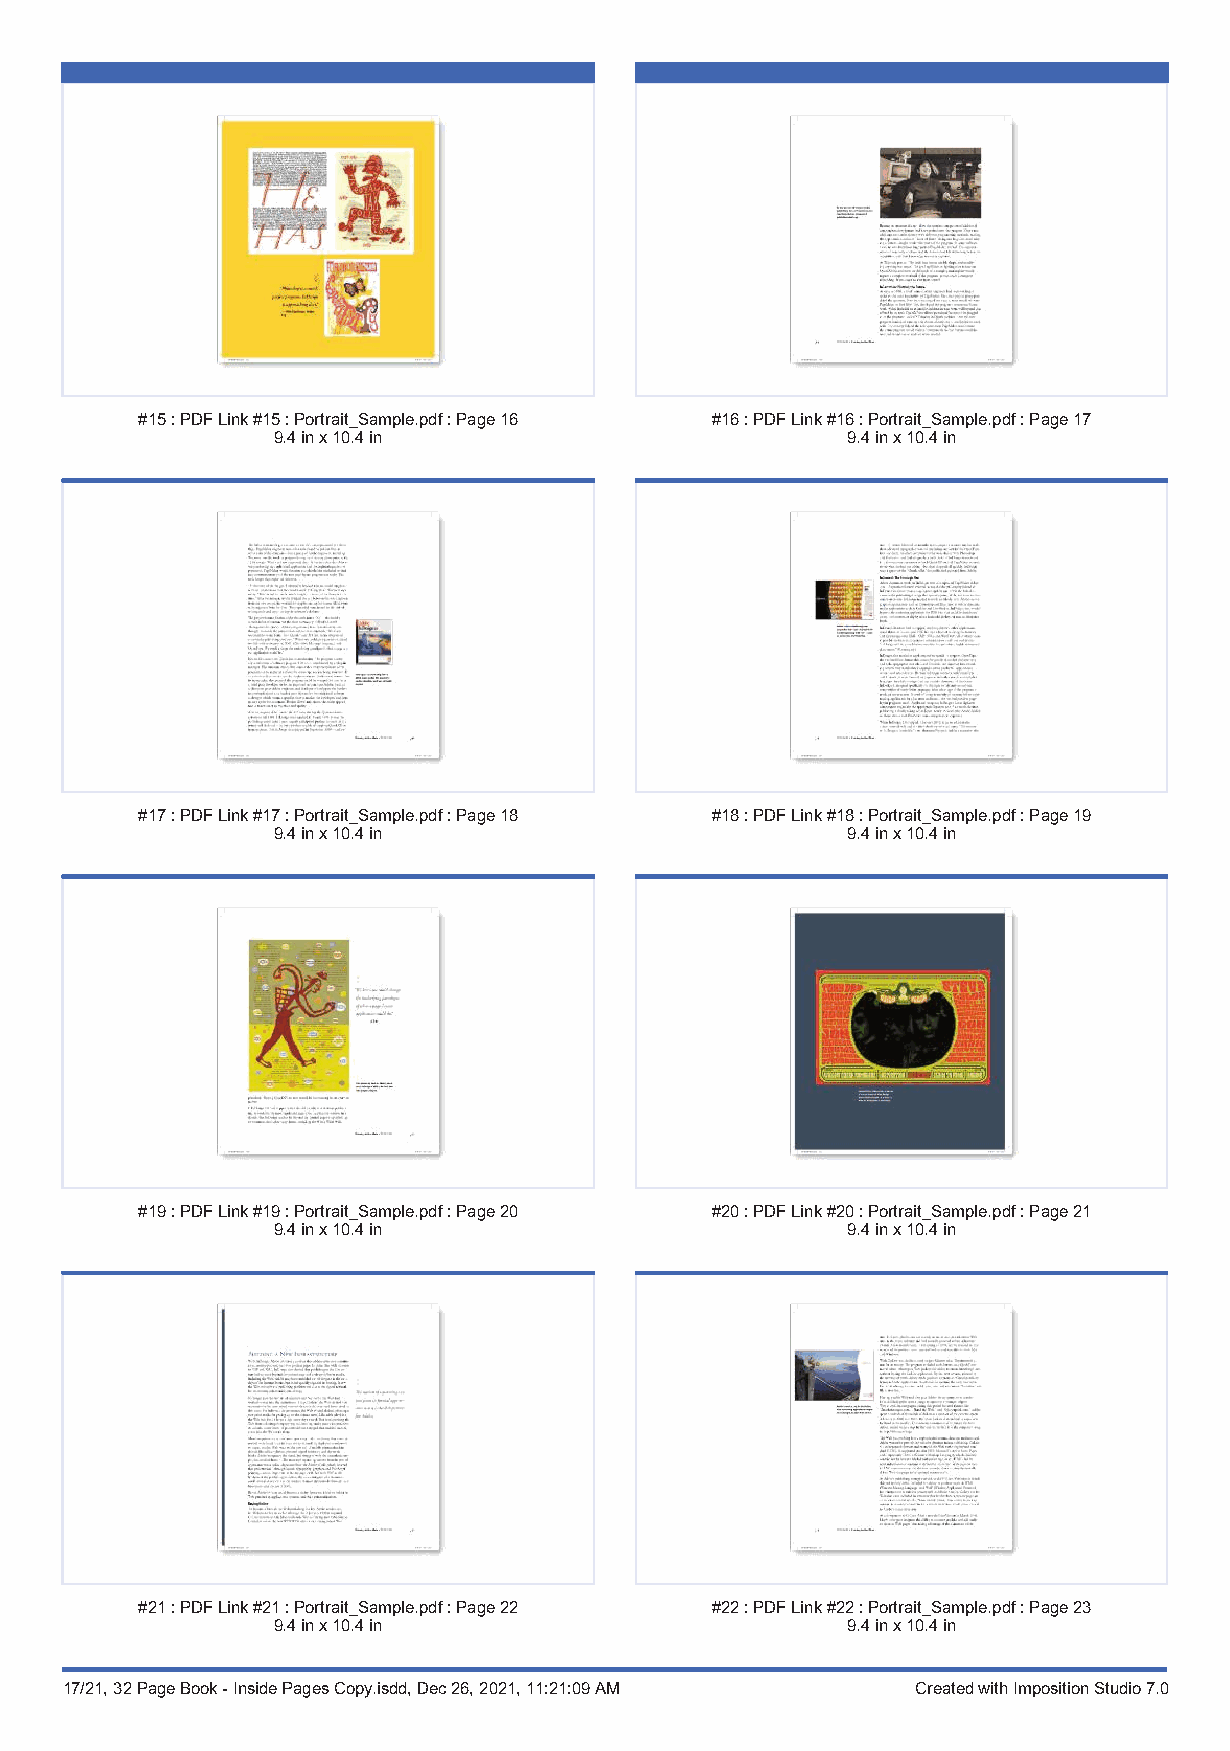
#15:PDFLink#15:Portrait_Sample.pdf:Page16 #16:PDFLink#16:Portrait_Sample.pdf:Page17
 9.4inx10.4in                          9.4inx10.4in
 #17:PDFLink#17:Portrait_Sample.pdf:Page18 #18:PDFLink#18:Portrait_Sample.pdf:Page19
 9.4inx10.4in                          9.4inx10.4in
 #19:PDFLink#19:Portrait_Sample.pdf:Page20 #20:PDFLink#20:Portrait_Sample.pdf:Page21
 9.4inx10.4in                          9.4inx10.4in
 #21:PDFLink#21:Portrait_Sample.pdf:Page22 #22:PDFLink#22:Portrait_Sample.pdf:Page23
 9.4inx10.4in                          9.4inx10.4in
 17/21, 32 Page Book - Inside Pages Copy.isdd, Dec 26, 2021, 11:21:09 AM Created with Imposition Studio 7.0